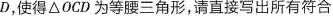
D，使得 △OCD 为等腰三角形，请直接写出所有符合